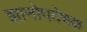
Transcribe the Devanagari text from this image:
ज्ञानोपदेषक